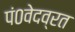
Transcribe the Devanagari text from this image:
पं०वेदव्रत